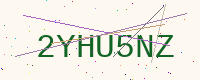
Text: 2YHU5NZ